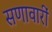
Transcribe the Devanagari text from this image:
सणावारीं